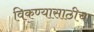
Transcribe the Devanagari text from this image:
विकण्यासाठीचा